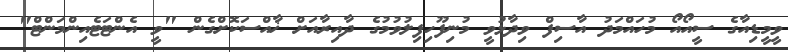
ވީމީޑިއާގެ ސީއޯއޯ މުހައްމަދު އާސިފް ވިދާޅުވީ މުނިފޫހިފިލުވުމުގެ ދާއިރާއަށް ޚާއްސަކޮށްގެން "ވީ އެންޓަޓެއިންމަންޓް"